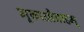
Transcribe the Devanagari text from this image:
मूकाऔनाहमू